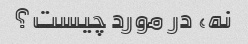
نه، در مورد چیست؟